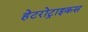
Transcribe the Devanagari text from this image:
हेटरोट्राइकस